Indian journal of veterinary science and animal husbandry - Volumes 24-25, 1954-1955
Year: 1954
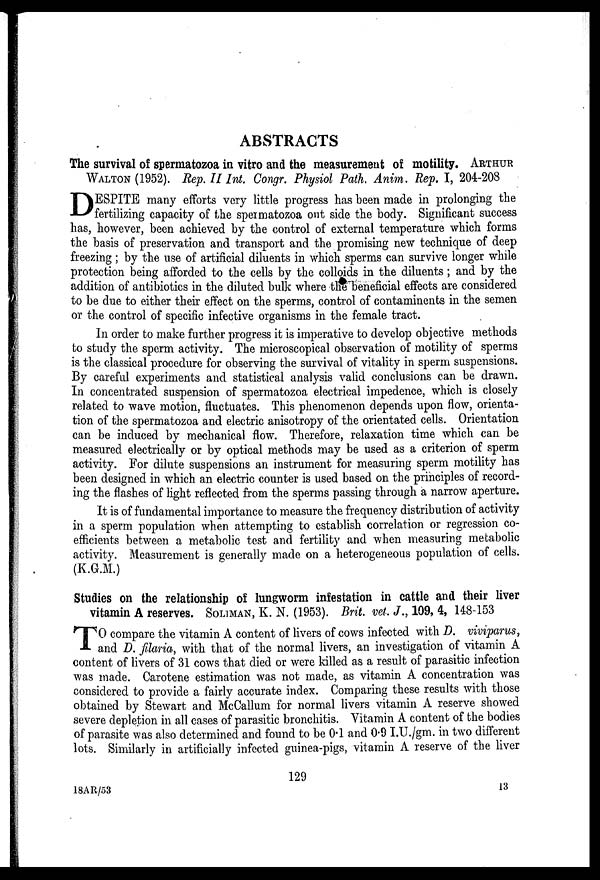
ABSTRACTS
The survival of spermatozoa in vitro and the measurement of motility. ARTHUR
WALTON (1952). Rep. II Int. Congr. Physiol Path. Anim. Rep. I, 204-208
D ESPITE many efforts very little progress has been made in prolonging the
fertilizing capacity of the spermatozoa out side the body. Significant success
has, however, been achieved by the control of external temperature which forms
the basis of preservation and transport and the promising new technique of deep
freezing; by the use of artificial diluents in which sperms can survive longer while
protection being afforded to the cells by the colloids in the diluents; and by the
addition of antibiotics in the diluted bulk where the beneficial effects are considered
to be due to either their effect on the sperms, control of contaminents in the semen
or the control of specific infective organisms in the female tract.
In order to make further progress it is imperative to develop objective methods
to study the sperm activity. The microscopical observation of motility of sperms
is the classical procedure for observing the survival of vitality in sperm suspensions.
By careful experiments and statistical analysis valid conclusions can be drawn.
In concentrated suspension of spermatozoa electrical impedence, which is closely
related to wave motion, fluctuates. This phenomenon depends upon flow, orienta-
tion of the spermatozoa and electric anisotropy of the orientated cells. Orientation
can be induced by mechanical flow. Therefore, relaxation time which can be
measured electrically or by optical methods may be used as a criterion of sperm
activity. For dilute suspensions an instrument for measuring sperm motility has
been designed in which an electric counter is used based on the principles of record-
ing the flashes of light reflected from the sperms passing through a narrow aperture.
It is of fundamental importance to measure the frequency distribution of activity
in a sperm population when attempting to establish correlation or regression co-
efficients between a metabolic test and fertility and when measuring metabolic
activity. Measurement is generally made on a heterogeneous population of cells.
(K.G.M.)
Studies on the relationship of lungworm infestation in cattle and their liver
vitamin A reserves. SOLIMAN, K. N. (1953). Brit. vet. J., 109, 4, 148-153
T O compare the vitamin A content of livers of cows infected with D. viviparus,
and D. filaria, with that of the normal livers, an investigation of vitamin A
content of livers of 31 cows that died or were killed as a result of parasitic infection
was made. Carotene estimation was not made, as vitamin A concentration was
considered to provide a fairly accurate index. Comparing these results with those
obtained by Stewart and McCallum for normal livers vitamin A reserve showed
severe depletion in all cases of parasitic bronchitis. Vitamin A content of the bodies
of parasite was also determined and found to be 0.1 and 0.9 I.U./gm. in two different
lots. Similarly in artificially infected guinea-pigs, vitamin A reserve of the liver
129
18AR/53
13